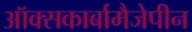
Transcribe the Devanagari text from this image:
ऑक्सकार्बामैजेपीन